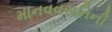
માનવવસતિની